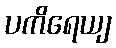
ပကိရေယျ